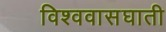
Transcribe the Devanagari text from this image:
विश्ववासघाती